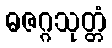
ဓဇဂ္ဂသုတ္တံ